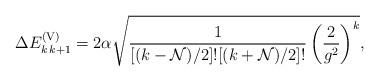
LaTeX: \begin{align*}\Delta E^{\rm (V)}_{ k\, k+1} = 2 \alpha \sqrt{{1 \over [(k-{\cal N})/2]! [(k + {\cal N})/2]! }\left({2 \over g^2} \right)^k }, \end{align*}